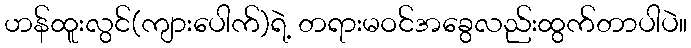
ဟန်ထူးလွင်(ကျားပေါက်)ရဲ့ တရားမဝင်အခွေလည်းထွက်တာပါပဲ။